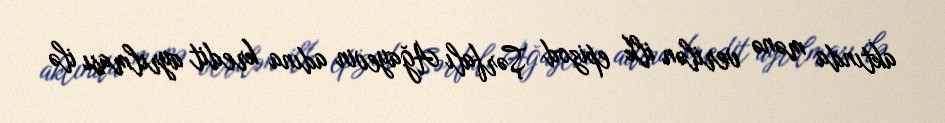
aktında mənə verilən ilk epizod Şərfalı Ağayevin adına kredit ayrılması ilə